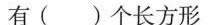
有( )个长方形